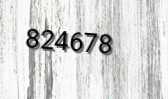
824678